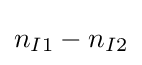
n_{I1}-n_{I2}